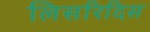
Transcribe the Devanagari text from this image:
लिसरिदिस